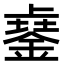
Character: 𨨾